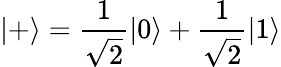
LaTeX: |+\rangle=\frac{1}{\sqrt{2}}|0\rangle+\frac{1}{\sqrt{2}}|1\rangle